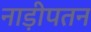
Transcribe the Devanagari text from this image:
नाड़ीपतन